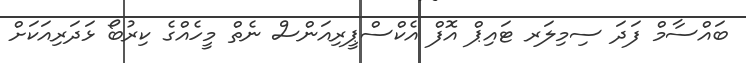
ބައްސާމް ފަދަ ސިމިލަރ ޓައިޕް އޮފް އެކްސްޕީރިއަންސް ނެތް މީހެއްގެ ކިރުބޯ ޅަދަރިއަކަށް